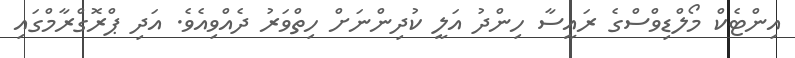
އިންޓެކް މޯލްޑިވްސްގެ ރައީސާ ހިންދު އަލީ ކުދިންނަށް ހިތްވަރު ދެއްވިއެވެ. އަދި ޕްރޮގްރާމްގައި